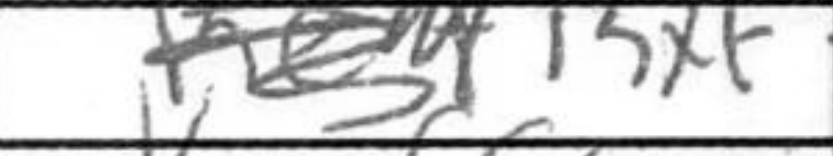
Transcription: Rxf7